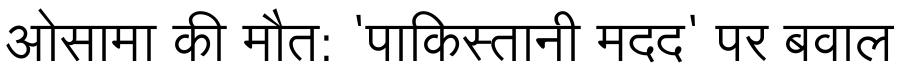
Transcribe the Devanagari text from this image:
ओसामा की मौत: 'पाकिस्तानी मदद' पर बवाल